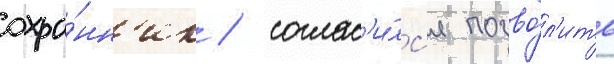
охра́нн'ик / соглас'и́лс'я позво́л'ить